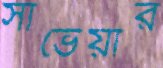
সাভেয়ার